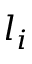
l _ { i }